Senior Leaving Certificate Examination (including Day School Certificate (Higher) General paper), 1947
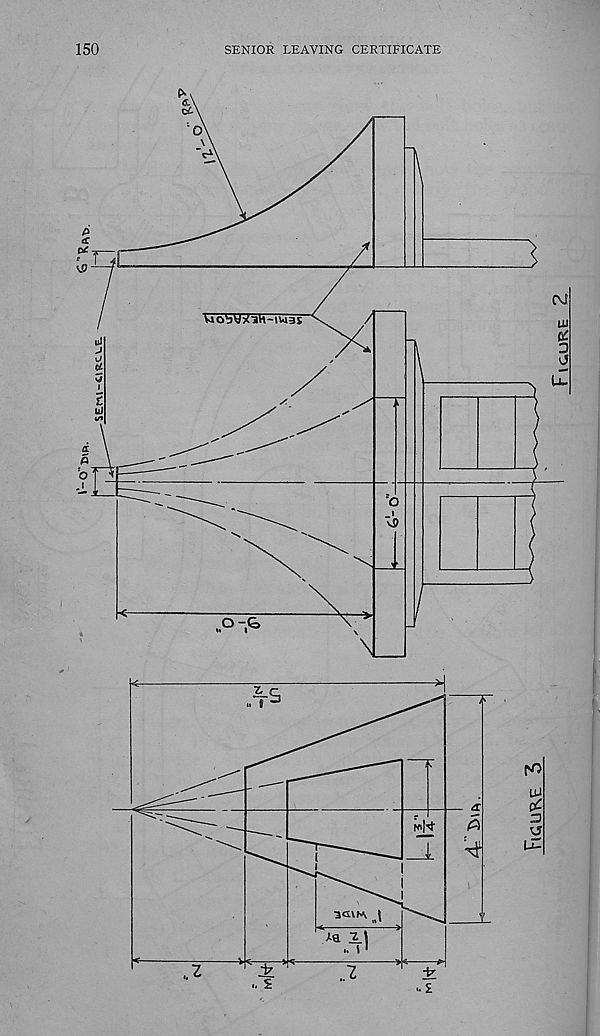
150
SENIOR LEAVING CERTIFICATE
Figure 3